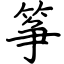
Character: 筝